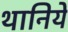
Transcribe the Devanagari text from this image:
थानिये